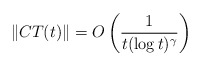
\begin{align*}\|CT(t)\| = O \left(\frac{1}{t (\log t)^\gamma}\right)\end{align*}